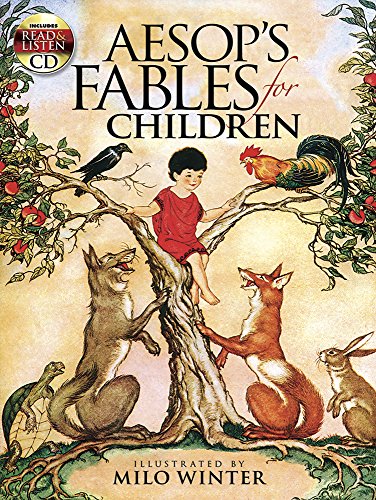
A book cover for Aesop's Fables for Children: Includes a Read-and-Listen CD (Dover Read and Listen); Milo Winter; Children's Books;